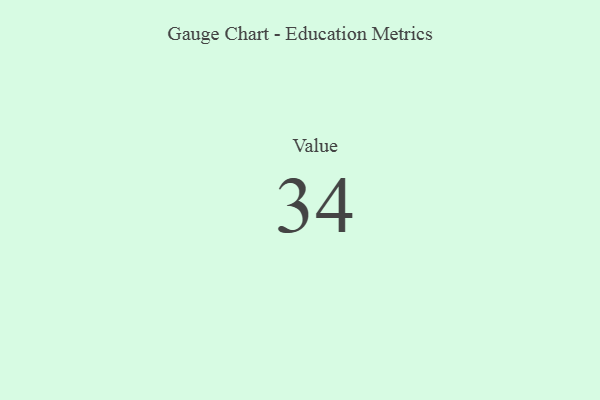
{"axis": {"x": "Metric", "y": "Value"}, "legend": [""], "data": [{"x": "Value", "y": 34, "type": ""}]}